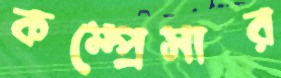
কম্প্রেসার